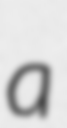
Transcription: a